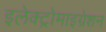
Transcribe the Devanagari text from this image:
इलेक्ट्रोमाइग्रेशन